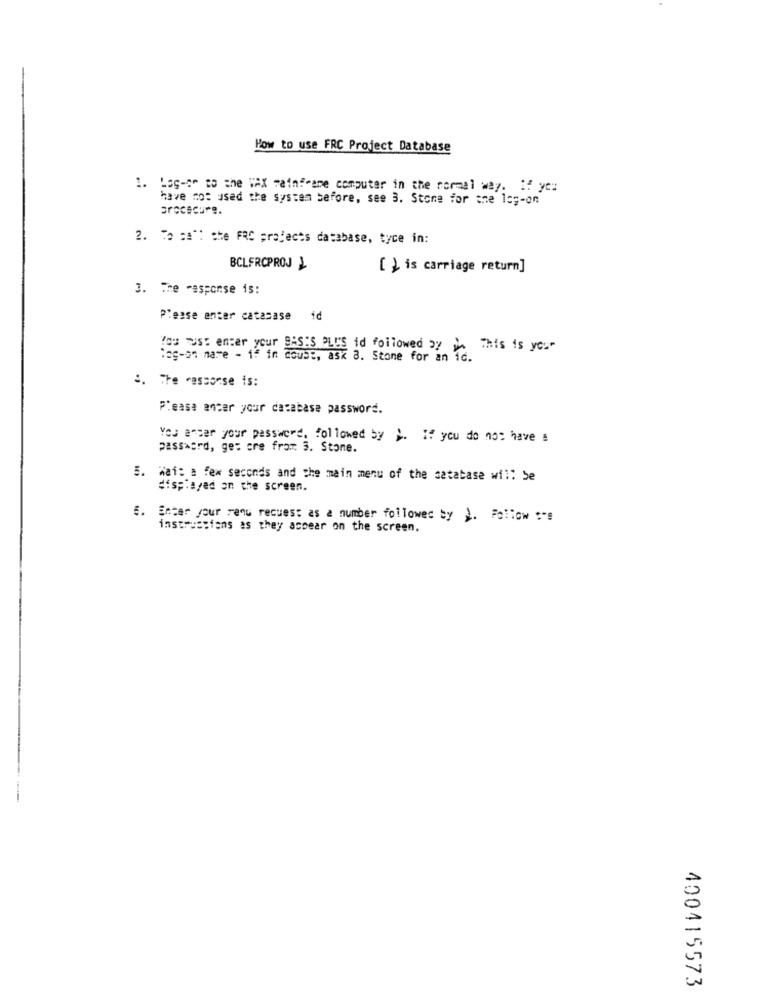
How to use FRC Project Database
1. Las-se to the WAX mainframe computer in the rormal way. If yc:
have not used the system before, see 3. Stone for the lo ;- on
procedure.
2. To :a": che FRC projects database, tyce in:
BCLERCPROJI
[ ) is carriage return]
3. The response is:
Please enter catasase id
You must enter your BASIS PLUS id folowed by
This is you-
leg-st mare - if in doubt, ask 8. Stone for an id.
:. The response is:
Please enter your database password.
You enter your password, followed by ). If you do not have a
password, get cre from 3. Stone.
5. Wait a few seconds and the main menu of the satabase wil: Se
displayed on the screen.
E. Enter your renu request as a number followed by 1. Follow =-=
instrustiens as they aspear on the screen.
400415573